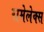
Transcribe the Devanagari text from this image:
रामेलेक्स